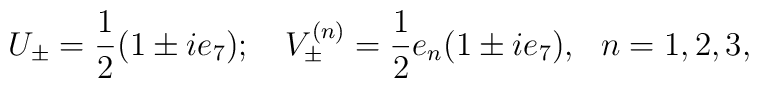
U_\pm=\frac{1}{2} (1\pm ie_7);\ \ \ V^{(n)}_\pm = \frac{1}{2}e_n(1\pm ie_7), \ \ n=1,2,3,